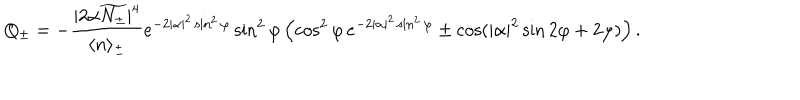
Q _ { \pm } = - \frac { | 2 \alpha \widetilde { N _ { \pm } } | ^ { 4 } } { \langle n \rangle _ { \pm } } e ^ { - 2 | \alpha | ^ { 2 } \sin ^ { 2 } \varphi } \sin ^ { 2 } \varphi \left( \cos ^ { 2 } \varphi \, e ^ { - 2 | \alpha | ^ { 2 } \sin ^ { 2 } \varphi } \pm \cos ( | \alpha | ^ { 2 } \sin 2 \varphi + 2 \varphi ) \right) .